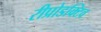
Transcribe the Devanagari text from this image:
रीप्रोडक्टिव